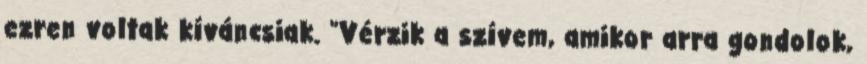
ezren voltak kíváncsiak. "Vérzik a szívem, amikor arra gondolok,